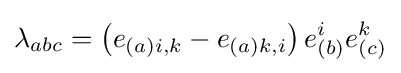
\lambda _{abc}=\left(e_{(a)i,k}-e_{(a)k,i}\right)e_{(b)}^{i}e_{(c)}^{k}